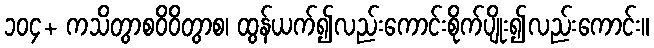
၁၀၄+ ကသိတွာစဝိဝိတွာစ၊ ထွန်ယက်၍လည်းကောင်းစိုက်ပျိုး၍လည်းကောင်း။